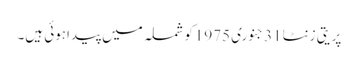
پریتی زنٹا 31جنوری 1975کوشملہ میں پیداہوئی ہیں۔